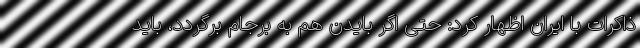
ذاکرات با ایران اظهار کرد: حتی اگر بایدن هم به برجام برگردد، باید